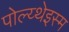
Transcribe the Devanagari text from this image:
पोल्य्थेइस्म